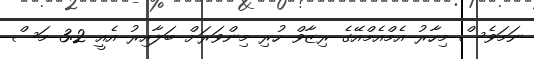
ނަމަވެސް މިހާރު އެމްއެމްއޭގެ ރިޒާވް ހުރި މިންވަރަށް ބަލާއިރު އެއީ 3.2 މަސް